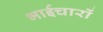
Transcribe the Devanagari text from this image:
भाईचारों